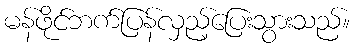
မန်ဖိုင်ဘက်ပြန်လှည့်ပြေးသွားသည်။